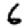
Digit: 6